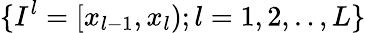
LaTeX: \{ I^{l}=[x_{l-1},x_{l});l=1,2,..,L\}